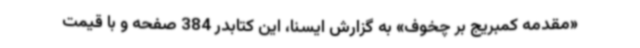
«مقدمه کمبریج بر چخوف» به گزارش ایسنا، این کتابدر 384 صفحه و با قیمت